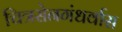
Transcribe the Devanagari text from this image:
चित्रसेनगंधर्वास